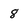
Character: 8